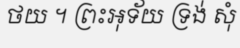
ថយ ។ ព្រះអុទ័យ ទ្រង់ សុំ